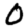
Digit: 0